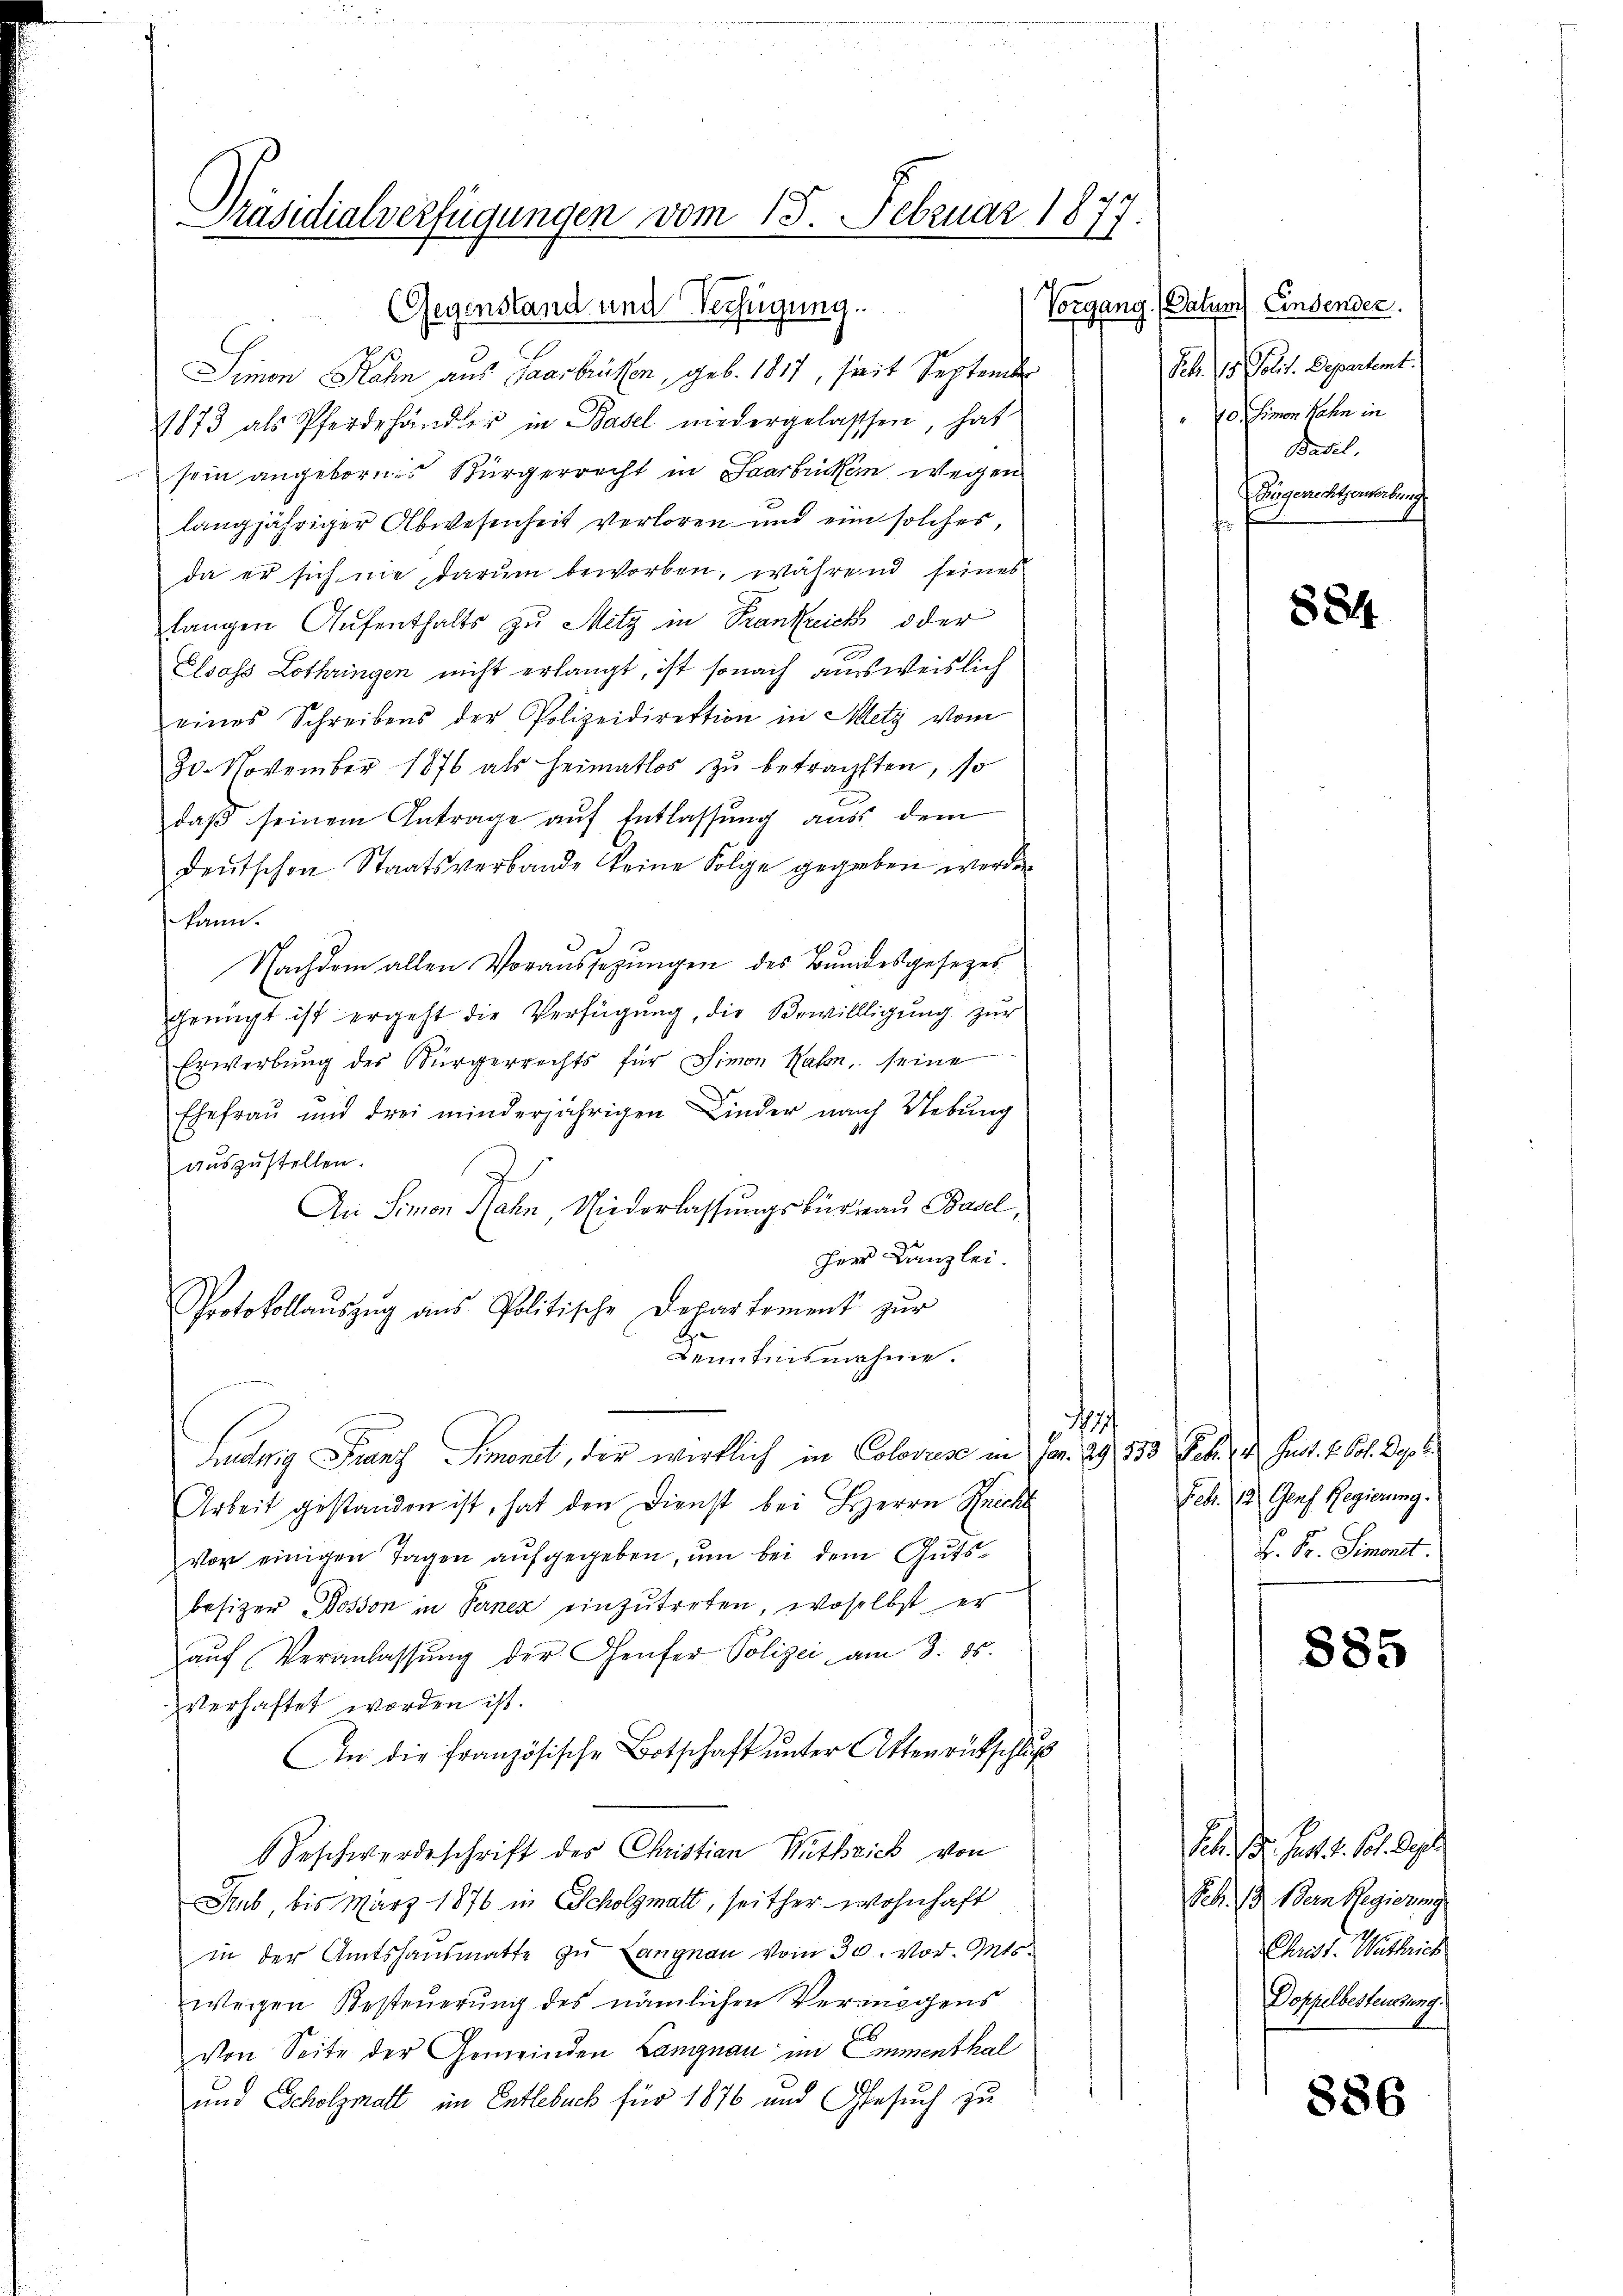
Präsidialverfügungen vom 15. Februar 1871

Gegenstand und Verfügung.
Simon Rahn aus Saarbrüken, geb. 1817, seit September
1873 als Pferdehändler in Basel niedergelassen, hat
sein angebornes Bürgerrecht in Saarbrücken wegen
langjähriger Abwesenheit verloren und eine solches,
da er sich nie, darum beworben, während seines
langen Aufenthalts zu Metz in Kranknick oder
Elsass Lothringen nicht erlangt, ist sonach ausweislich
eines Schreibens der Polizeidirektion in Metz vom
30. November 1876 als Heimatlos zŭ betragsten, so
daβ seinem Antrage aŭf Entlassŭng aŭs dem
deŭtschen Staatsverbande keine Folge gegeben werden.
kann.
Nachdem allen Voraussezungen des Bundesgesezes
genügt ist ergeht die Verfügung, die Bewillligung zur
Erwerbung des Bürgerrechts für Simon Hahn seine
Ehefrau und drei minderjährigen Kinder nach Uebung
auszustellen.
An Simon Hahn, Niederlassungsbureau Basel,
Herr Kanzlei.
Protokollaŭszŭg aŭs Politische Departement zŭr
Kenntnisnahme.
17
Ludwig Franz Simonet, der wirklich in Colovres in Fr. 29. 550 Frk. 4. Just. v. Pol. Dep
Arbeit gestanden ist, hat den Dienst bei Herrn Strickl
vor einigen Tagen aufgegeben, um bei dem Gutsbesizer Dosson in Ferner einzutreten, woselbst er
aŭf Veranlassŭng der Genfer Polizei am 3. 85.
verhaftet worden ist.
An die französische Botschaft unter Attenrückschluß
Beschwerdeschrift des Christian Wuthzick von
Stub bis März 1876 in Scholgmatt, seither wohnhaft
in der Amtshaŭsmatte zŭ Langnau vom 30. vor. Mts.
wegen Besteuerung des nämlichen Vermögens
von Seite der Gemeinden Langnau im Emmenthal
und Scholzmatt im Entlebuch für 1876 und Gesuch zu

Vorgang. (Datum) Einsender
Frk. 15. Polit. Departemt.
70. Simon Rahn in
Basel.
Eisgerichtsererbung
f

884

Feb. 18. Ganz Regierung.
H. Dr. Simonit.

885

Febr. 18. Fett 4. Sol. Dep
Seb. 13 dern Regierung
Chrat. Wittrich
Doppelbesteuerung.

886